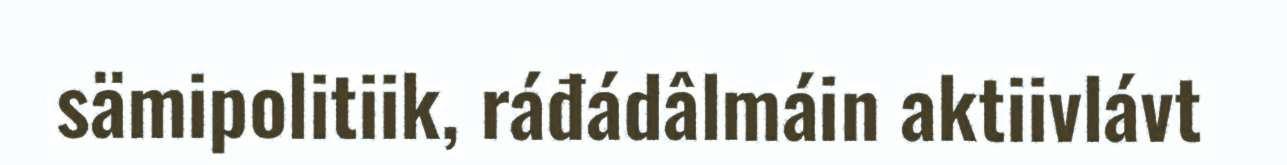
sämipolitiik, ráđádâlmáin aktiivlávt